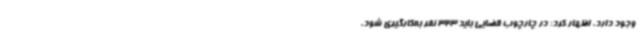
وجود دارد، اظهار کرد: در چارچوب قضایی باید 323 نفر به‌کارگیری شود،